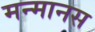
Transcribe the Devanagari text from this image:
मन्मानस